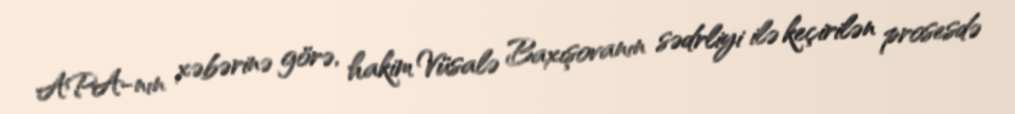
APA-nın xəbərinə görə, hakim Vüsalə Baxışovanın sədrliyi ilə keçirilən prosesdə